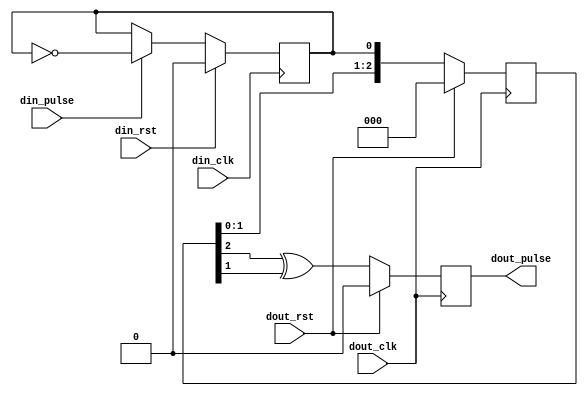
// Copyright 2019 Google LLC
//
// Licensed under the Apache License, Version 2.0 (the "License");
// you may not use this file except in compliance with the License.
// You may obtain a copy of the License at
//
//     https://www.apache.org/licenses/LICENSE-2.0
//
// Unless required by applicable law or agreed to in writing, software
// distributed under the License is distributed on an "AS IS" BASIS,
// WITHOUT WARRANTIES OR CONDITIONS OF ANY KIND, either express or implied.
// See the License for the specific language governing permissions and
// limitations under the License.
//
// -----------------------------------------------------------------------------
// Pulse Synchronizer
// -----------------------------------------------------------------------------
// Moves a pulse from one clock domain to another. There must be at least two
// 'dout_clk' cycles between each pulse on the 'din_pulse' input.
//
// -----------------------------------------------------------------------------
module pulse_sync (
  input      din_rst,
  input      din_clk,
  input      din_pulse,
  //
  input      dout_rst,
  input      dout_clk,
  output reg dout_pulse
);

  // Toggle a register each time we see an incoming pulse
  reg in_tog;
  always @(posedge din_clk) begin
    in_tog <= (din_pulse) ? ~in_tog : in_tog;
    if (din_rst)
      in_tog <= 0;
  end

  // Synchronization registers and XOR to detect transitions
  reg [2:0] out_sync;
  always @(posedge dout_clk) begin
    out_sync   <= {out_sync, in_tog};
    dout_pulse <= out_sync[2] ^ out_sync[1];
    if (dout_rst) begin
      out_sync   <= 0;
      dout_pulse <= 0;
    end
  end

endmodule